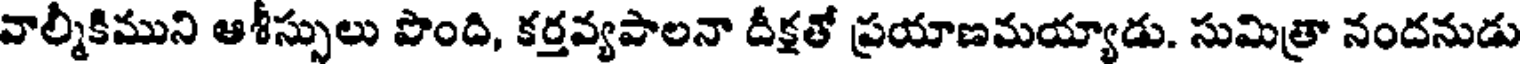
వాల్మీకిముని ఆశీస్సులు పొంది, కర్తవ్యపాలనా దీక్షతో ప్రయాణమయ్యాడు. సుమిత్రా నందనుడు